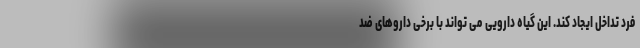
فرد تداخل ایجاد کند. این گیاه دارویی می تواند با برخی داروهای ضد